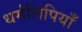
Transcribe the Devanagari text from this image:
धर्मलिपियाँ